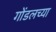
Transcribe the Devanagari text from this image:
गोंडलच्या